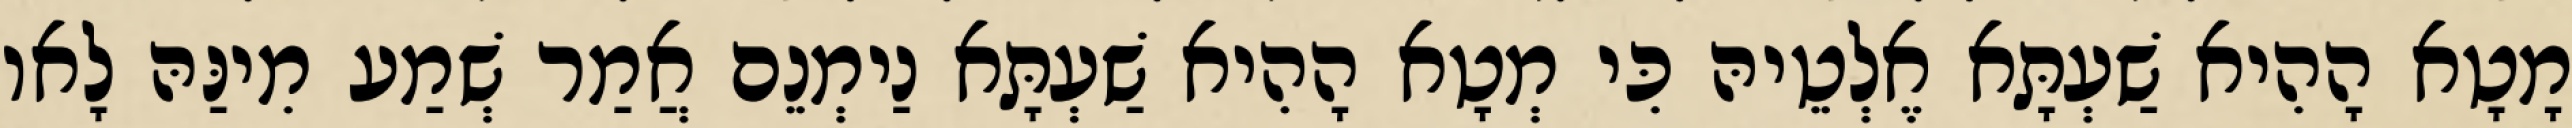
מָטָא הָהִיא שַׁעְתָּא אֶלְטֵיהּ כִּי מְטָא הָהִיא שַׁעְתָּא נַימְנֵם אֲמַר שְׁמַע מִינַּהּ לָאו